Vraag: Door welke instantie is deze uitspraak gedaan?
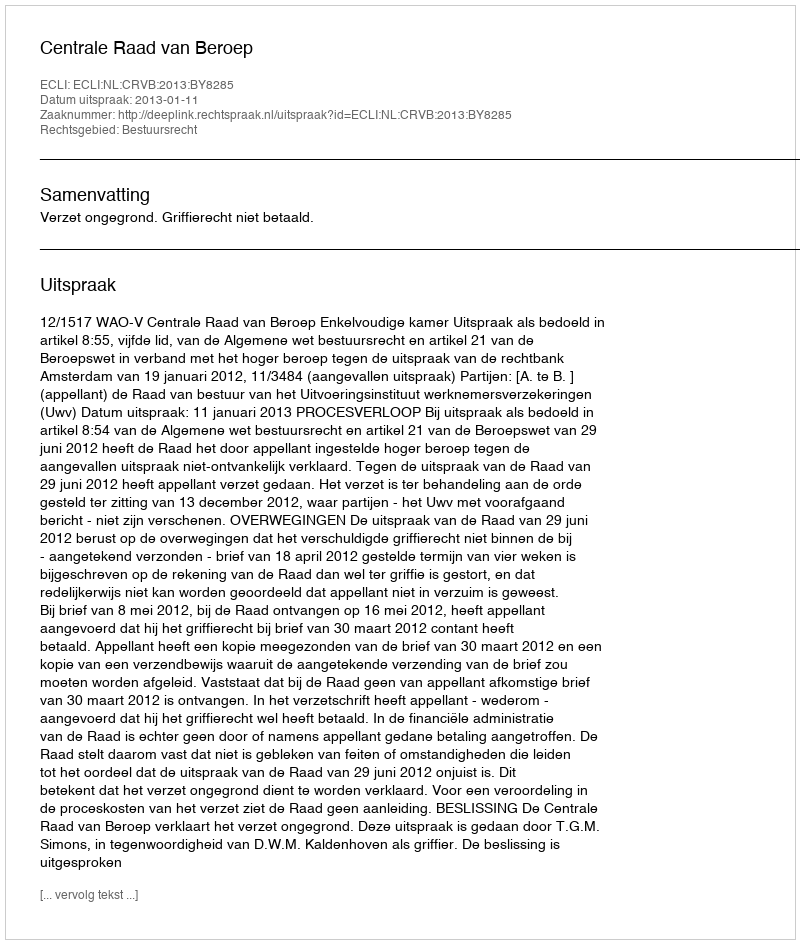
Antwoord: Centrale Raad van Beroep